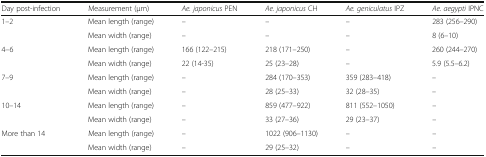
| Day post-infection | Measurement (μm) | Ae. japonicus PEN | Ae. japonicus CH | Ae. geniculatus IPZ | Ae. aegypti IPNC |
 | --- | --- | --- | --- | --- | --- |
 | <ROWSPAN=2> 1–2 | Mean length (range) | – | – | – | 283 (256–290) |
 | Mean width (range) | – | – | – | 8 (6–10) |
 | <ROWSPAN=2> 4–6 | Mean length (range) | 166 (122–215) | 218 (171–250) | – | 260 (244–270) |
 | Mean width (range) | 22 (14-35) | 25 (23–28) | – | 5.9 (5.5–6.2) |
 | <ROWSPAN=2> 7–9 | Mean length (range) | – | 284 (170–353) | 359 (283–418) | – |
 | Mean width (range) | – | 28 (25–33) | 32 (28–35) | – |
 | <ROWSPAN=2> 10–14 | Mean length (range) | – | 859 (477–922) | 811 (552–1050) | – |
 | Mean width (range) | – | 33 (27–36) | 29 (23–37) | – |
 | <ROWSPAN=2> More than 14 | Mean length (range) | – | 1022 (906–1130) | – | – |
 | Mean width (range) | – | 29 (25–32) | – | – |